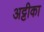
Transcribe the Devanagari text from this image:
अट्टीका